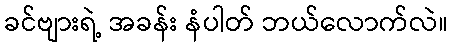
ခင်ဗျားရဲ့ အခန်း နံပါတ် ဘယ်လောက်လဲ။